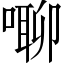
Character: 㗦